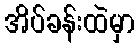
အိပ်ခန်းထဲမှာ